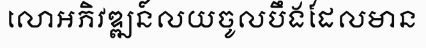
លោអភិវឌ្ឍន៍លយចូលបឹងដែលមាន